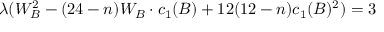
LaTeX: \lambda ( W _ { B } ^ { 2 } - ( 2 4 - n ) W _ { B } \cdot c _ { 1 } ( B ) + 1 2 ( 1 2 - n ) c _ { 1 } ( B ) ^ { 2 } ) = 3